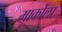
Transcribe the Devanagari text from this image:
मार्कोला